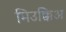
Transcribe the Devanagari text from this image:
मिउक्किअ